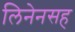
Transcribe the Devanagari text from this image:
लिनेनसह